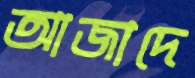
আজাদে